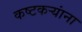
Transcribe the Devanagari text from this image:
कष्टकऱ्यांना